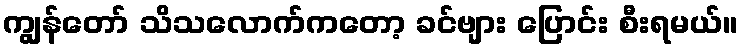
ကျွန်တော် သိသလောက်ကတော့ ခင်ဗျား ပြောင်း စီးရမယ်။